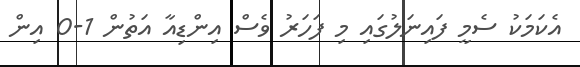
އެކަމަކު ސެމީ ފައިނަލުގައި މި ފަހަރު ވެސް އިންޑިއާ އަތުން 1-0 އިން